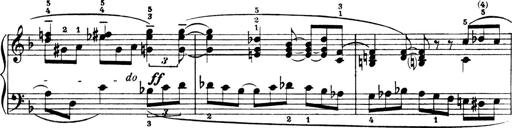
Title: 4 Sonatines
Composer: Max Reger